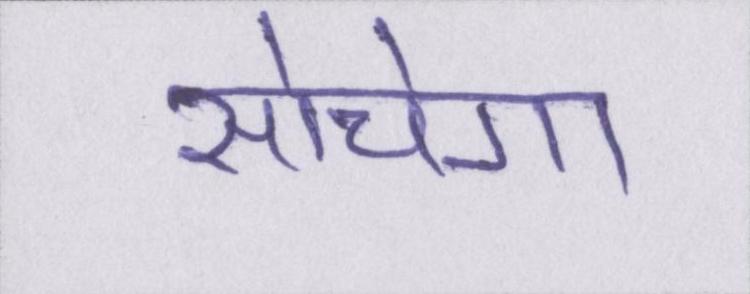
सोचेगा